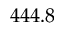
4 4 4 . 8